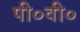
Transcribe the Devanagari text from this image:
पी०वी०